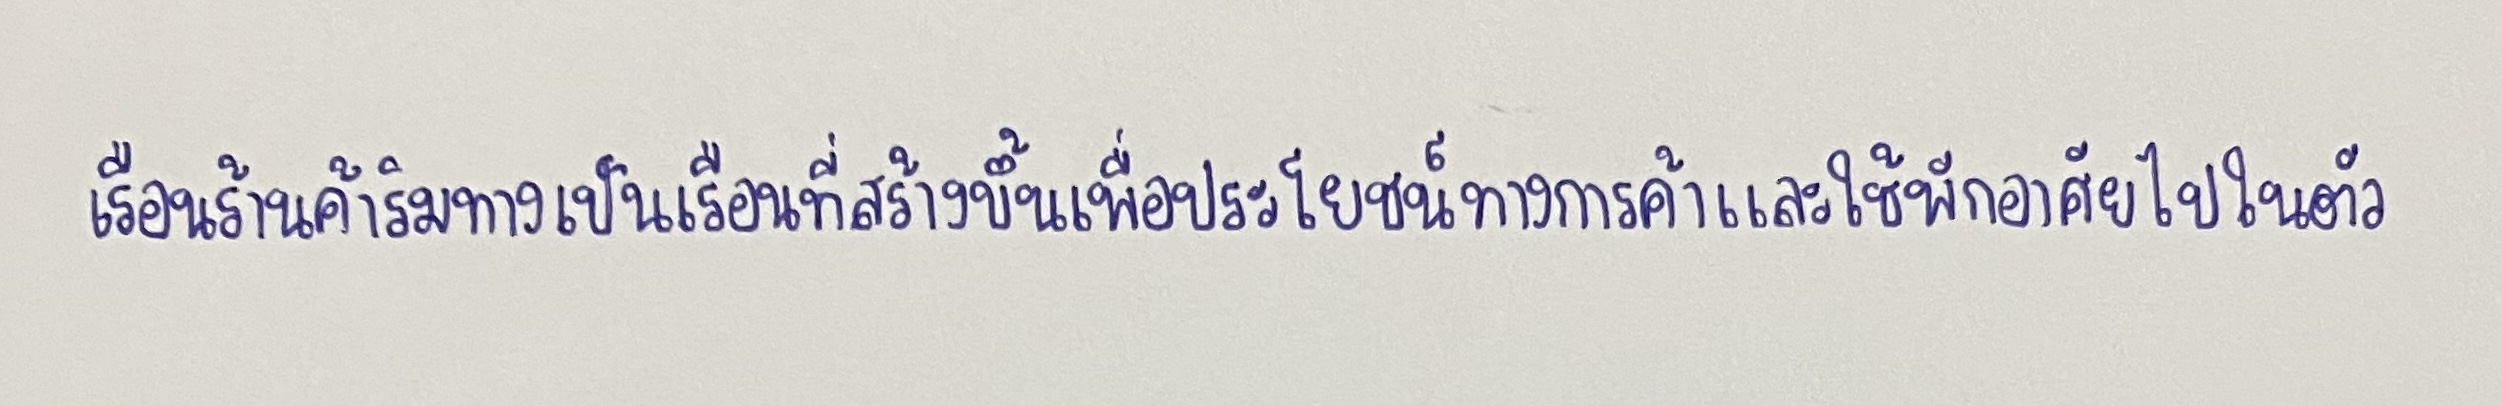
เรือนร้านค้าริมทางเป็นเรือนที่สร้างขึ้นเพื่อประโยชน์ทางการค้าและใช้พักอาศัยไปในตัว